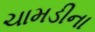
ચામડીના